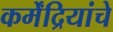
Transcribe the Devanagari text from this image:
कर्मेंद्रियांचे